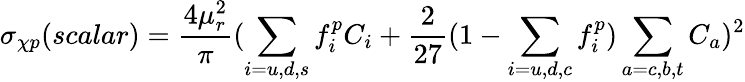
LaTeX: \sigma_{\chi p}(scalar)=\frac{4\mu_{r}^{2}}{\pi}(\sum_{i=u,d,s}f_{i}^{p}C_{i}+\frac{2}{27}(1-\sum_{i=u,d,c}f_{i}^{p})\sum_{a=c,b,t}C_{a})^{2}